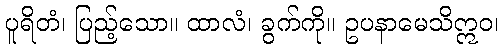
ပူရိတံ၊ ပြည့်သော။ ထာလံ၊ ခွက်ကို။ ဥပနာမေသိဣဝ၊